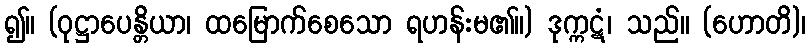
၍။ (ဝုဋ္ဌာပေန္တိယာ၊ ထမြောက်စေသော ရဟန်းမ၏။) ဒုက္ကဋံ၊ သည်။ (ဟောတိ)၊